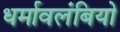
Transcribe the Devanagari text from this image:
धर्मावलंबियो